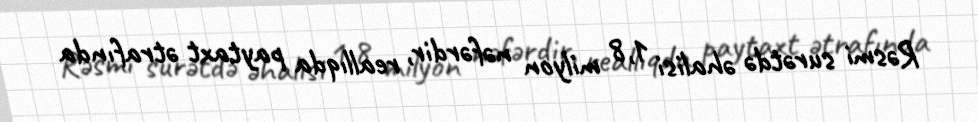
Rəsmi surətdə əhalisi 1,8 milyon nəfərdir, reallıqda paytaxt ətrafında